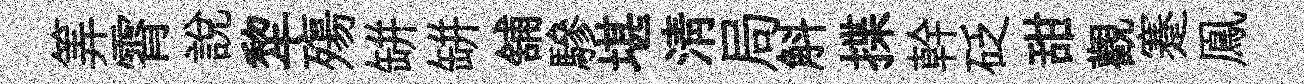
筭霄説犂殤缾缾舖驂堪淸局斛揲幹砭甜觀蹇鳯